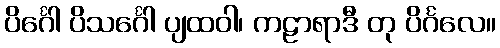
ပိင်္ဂေါ ပိသင်္ဂေါ ပျထဝါ၊ ကဠာရာဒီ တု ပိင်္ဂလေ။